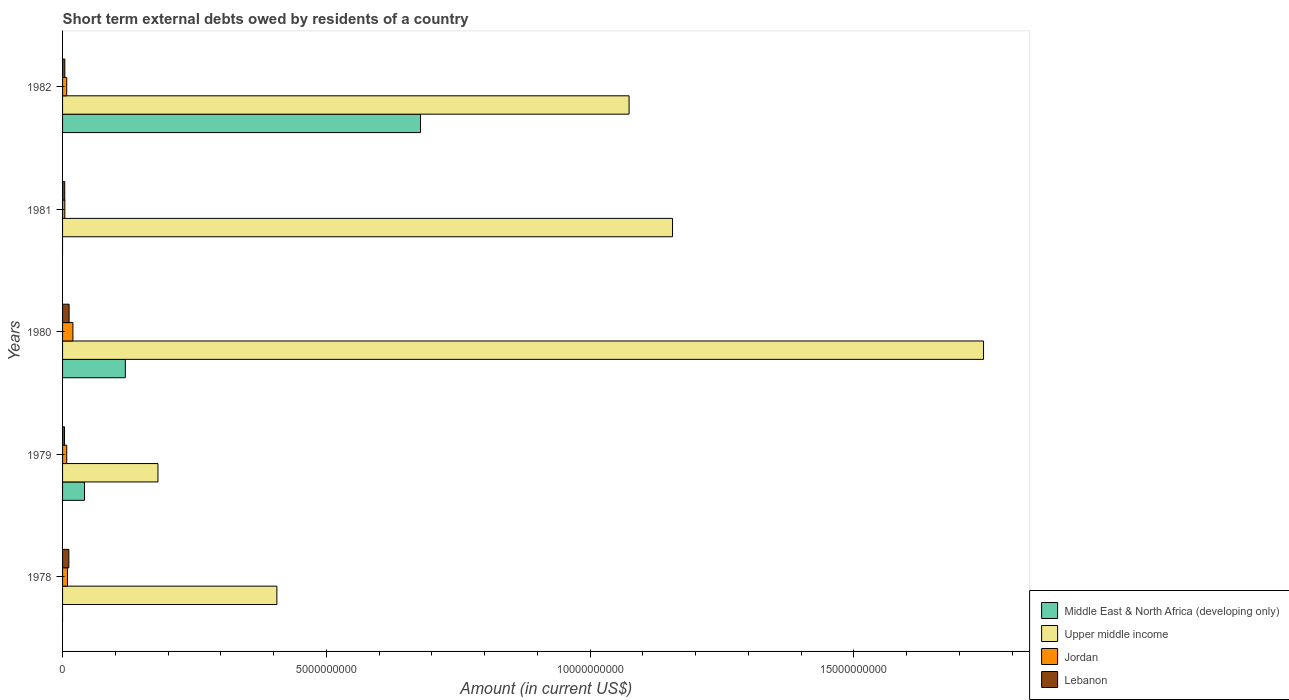
| Years | Middle East & North Africa (developing only) | Upper middle income | Jordan | Lebanon |
 | --- | --- | --- | --- | --- |
 | 1978 | -4.51e+08 | 4.06e+09 | 9.3e+07 | 1.19e+08 |
 | 1979 | 4.16e+08 | 1.81e+09 | 7.9e+07 | 3.7e+07 |
 | 1980 | 1.19e+09 | 1.75e+10 | 1.96e+08 | 1.24e+08 |
 | 1981 | -2.22e+08 | 1.16e+10 | 4.3e+07 | 4.1e+07 |
 | 1982 | 6.78e+09 | 1.07e+10 | 7.9e+07 | 4.3e+07 |